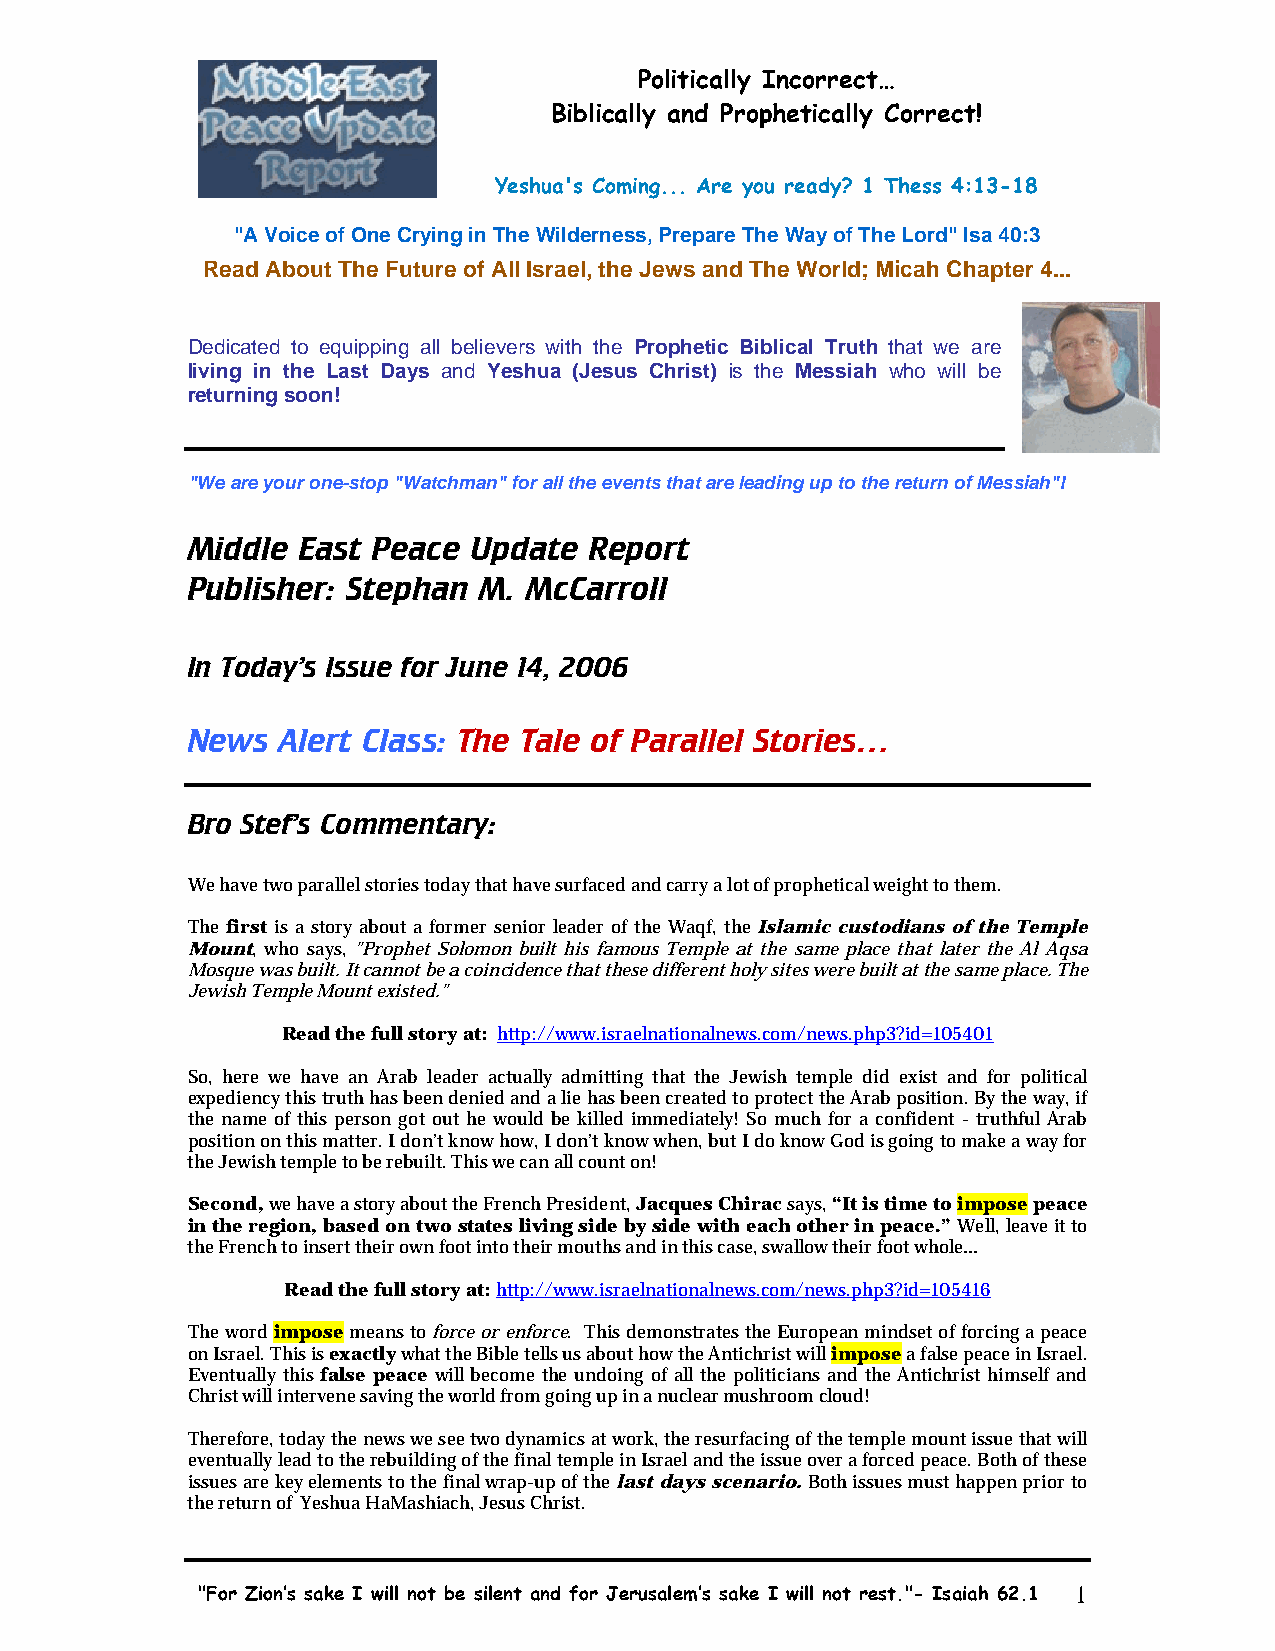
Politically Incorrect…
 Biblically and Prophetically Correct!
 Yeshua's Coming... Are you ready? 1 Thess 4:13-18
 "A Voice of One Crying in The Wilderness, Prepare The Way of The Lord" Isa 40:3
 Read About The Future of All Israel, the Jews and The World; Micah Chapter 4...
 Dedicated to equipping all believers with the Prophetic Biblical Truth that we are
 living in the Last Days and Yeshua (Jesus Christ) is the Messiah who will be
 returning soon!
 "We are your one-stop "Watchman" for all the events that are leading up to the return of Messiah"!
 Middle  East Peace Update  Report
 Publisher: Stephan  M. McCarroll
 In Today’s Issue for June 14, 2006
 News   Alert Class: The Tale of Parallel Stories…
 Bro Stef’s Commentary:
 We have two parallel stories today that have surfaced and carry a lot of prophetical weight to them.
 The first is a story about a former senior leader of the Waqf, the Islamic custodians of the Temple
 Mount, who says, "Prophet Solomon built his famous Temple at the same place that later the Al Aqsa
 Mosque was built. It cannot be a coincidence that these different holy sites were built at the same place. The
 Jewish Temple Mount existed."
 Read the full story at: http://www.israelnationalnews.com/news.php3?id=105401
 So, here we have an Arab leader actually admitting that the Jewish temple did exist and for political
 expediency this truth has been denied and a lie has been created to protect the Arab position. By the way, if
 the name of this person got out he would be killed immediately! So much for a confident - truthful Arab
 position on this matter. I don’t know how, I don’t know when, but I do know God is going to make a way for
 the Jewish temple to be rebuilt. This we can all count on!
 Second, we have a story about the French President, Jacques Chirac says, “It is time to impose peace
 in the region, based on two states living side by side with each other in peace.” Well, leave it to
 the French to insert their own foot into their mouths and in this case, swallow their foot whole…
 Read the full story at: http://www.israelnationalnews.com/news.php3?id=105416
 The word impose means to force or enforce. This demonstrates the European mindset of forcing a peace
 on Israel. This is exactly what the Bible tells us about how the Antichrist will impose a false peace in Israel.
 Eventually this false peace will become the undoing of all the politicians and the Antichrist himself and
 Christ will intervene saving the world from going up in a nuclear mushroom cloud!
 Therefore, today the news we see two dynamics at work, the resurfacing of the temple mount issue that will
 eventually lead to the rebuilding of the final temple in Israel and the issue over a forced peace. Both of these
 issues are key elements to the final wrap-up of the last days scenario. Both issues must happen prior to
 the return of Yeshua HaMashiach, Jesus Christ.
 "For Zion’s sake I will not be silent and for Jerusalem’s sake I will not rest."- Isaiah 62.1 1